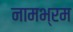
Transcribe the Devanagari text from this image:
नामभ्रम